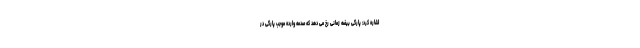
اشاره کرد: پارگی بیضه زمانی رخ می دهد که صدمه وارده موجب پارگی در